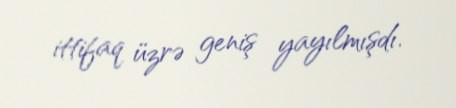
ittifaq üzrə geniş yayılmışdı.